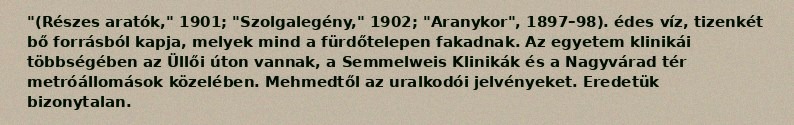
"(Részes aratók," 1901; "Szolgalegény," 1902; "Aranykor", 1897–98). édes víz, tizenkét bő forrásból kapja, melyek mind a fürdőtelepen fakadnak. Az egyetem klinikái többségében az Üllői úton vannak, a Semmelweis Klinikák és a Nagyvárad tér metróállomások közelében. Mehmedtől az uralkodói jelvényeket. Eredetük bizonytalan.